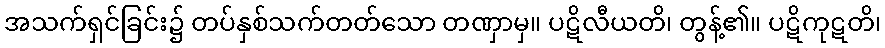
အသက်ရှင်ခြင်း၌ တပ်နှစ်သက်တတ်သော တဏှာမှ။ ပဋိလီယတိ၊ တွန့်၏။ ပဋိကုဋတိ၊